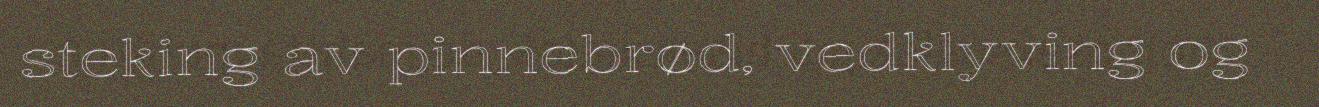
steking av pinnebrød, vedklyving og